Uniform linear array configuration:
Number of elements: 64
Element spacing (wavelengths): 0.5
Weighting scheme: hamming
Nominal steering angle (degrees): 15
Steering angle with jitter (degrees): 14.732
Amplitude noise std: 0.05
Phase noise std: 0.05

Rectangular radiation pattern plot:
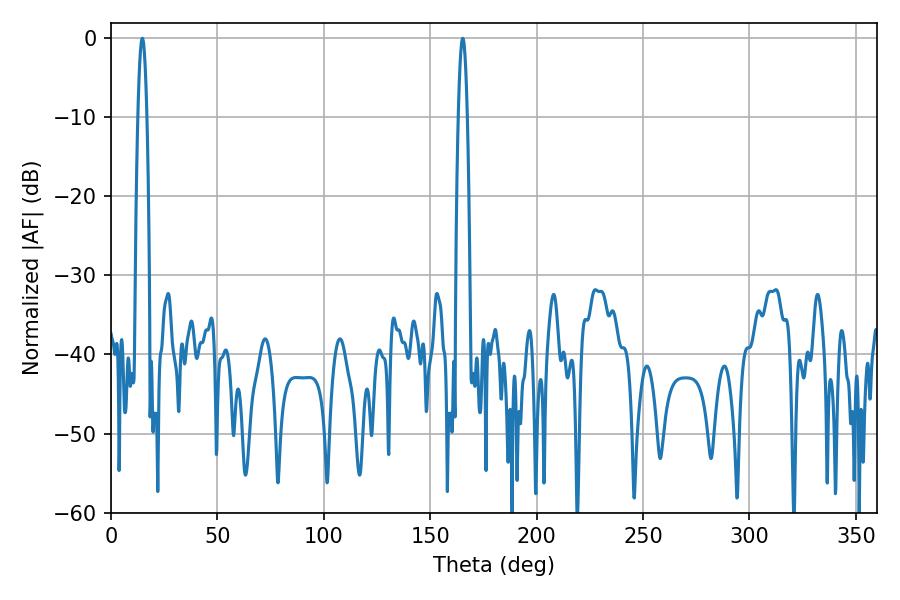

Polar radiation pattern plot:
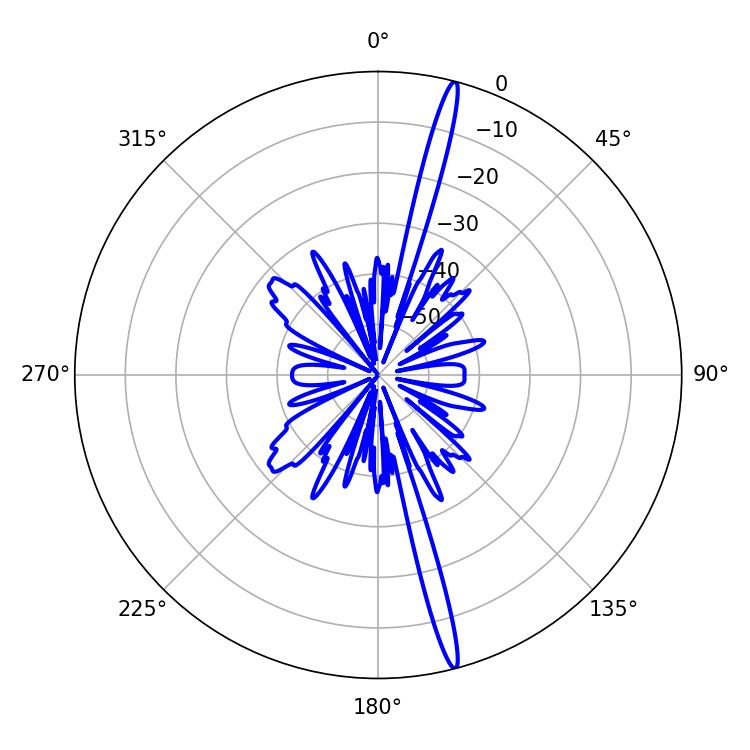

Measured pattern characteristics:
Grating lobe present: FALSE
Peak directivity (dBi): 19.489
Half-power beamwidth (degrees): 2.16
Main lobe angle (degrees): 14.76